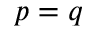
p = q